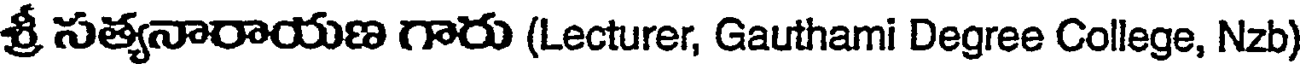
శ్రీ సత్యనారాయణ గారు (Lecturer, Gauthami Degree College, Nzb)